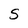
Character: S